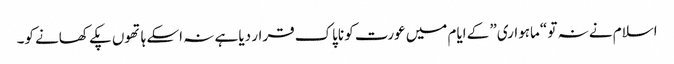
اسلام نے نہ تو “ماہواری” کے ایام میں عورت کو ناپاک قرار دیا ہے نہ اسکے ہاتھوں پکے کھانے کو۔